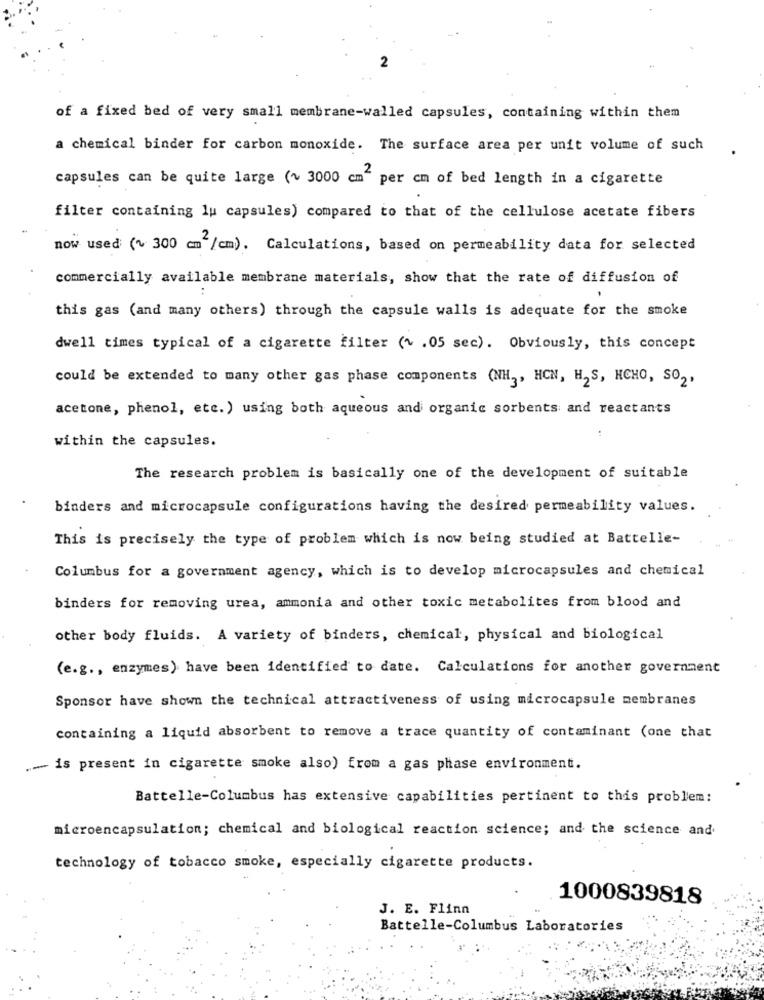
2
of a fixed bed of very small membrane-walled capsules, containing within them
a chemical binder for carbon monoxide. The surface area per unit volume of such
capsules can be quite large (~ 3000 cm" per cm of bed length in a cigarette
filter containing lu capsules) compared to that of the cellulose acetate fibers
now used (~ 300 cm /cm). Calculations, based on permeability data for selected
commercially available membrane materials, show that the rate of diffusion of
..
this gas (and many others) through the capsule walls is adequate for the smoke
dwell times typical of a cigarette filter (~ . 05 sec). Obviously, this concept
could be extended to many other gas phase components (NH3, HCN, H2S, HCHO, SO2.
acetone, phenol, etc.) using both aqueous and organic sorbents and reactants
within the capsules.
The research problem is basically one of the development of suitable
binders and microcapsule configurations having the desired permeability values.
This is precisely the type of problem which is now being studied at Battelle-
Columbus for a government agency, which is to develop microcapsules and chemical
binders for removing urea, ammonia and other toxic metabolites from blood and
other body fluids. A variety of binders, chemical, physical and biological
(e.g ., enzymes) have been identified to date. Calculations for another government
Sponsor have shown the technical attractiveness of using microcapsule membranes
containing a liquid absorbent to remove a trace quantity of contaminant (one that
.-- is present in cigarette smoke also) from a gas phase environment.
Battelle-Columbus has extensive capabilities pertinent to this problem:
microencapsulation; chemical and biological reaction science; and the science and
technology of tobacco smoke, especially cigarette products.
1000839818
J. E. Flinn
Battelle-Columbus Laboratories